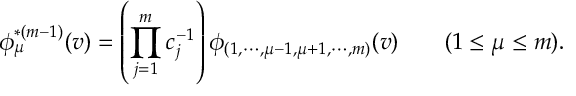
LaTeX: \phi _ { \mu } ^ { * ( m - 1 ) } ( v ) = \left( \prod _ { j = 1 } ^ { m } c _ { j } ^ { - 1 } \right) \phi _ { ( 1 , \cdots , \mu - 1 , \mu + 1 , \cdots , m ) } ( v ) \qquad ( 1 \le \mu \le m ) .